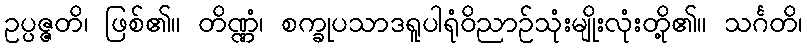
ဥပ္ပဇ္ဇတိ၊ ဖြစ်၏။ တိဏ္ဏံ၊ စက္ခုပသာဒရူပါရုံဝိညာဉ်သုံးမျိုးလုံးတို့၏။ သင်္ဂတိ၊